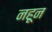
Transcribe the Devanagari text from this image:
नहून